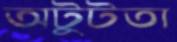
অটুটতা